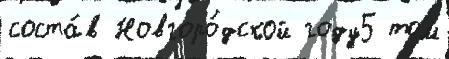
соста́в Новгоро́дской году5 том